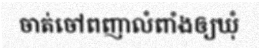
ចាត់ចៅពញាលំពាំងឲ្យឃុំ